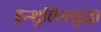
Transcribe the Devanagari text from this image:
इन्शुलिनसुद्धा